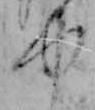
ゆ